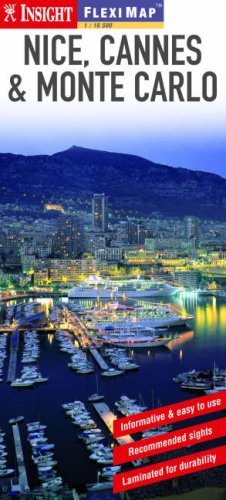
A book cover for Insight Flexi Map: Nice, Cannes & Monte Carlo (Insight Flexi Maps); Travel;